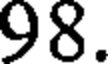
98.